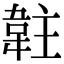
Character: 䪒